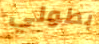
بطولي